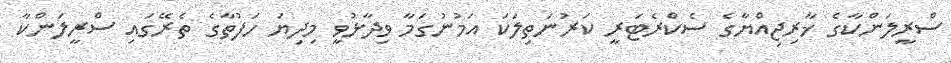
ސްރީލަންކާގެ ޚާރިޖިއްޔާގެ ސެކްރެޓަރީ ކަރުނަތިލަކަ އަމުނުގަމާ ވިދާޅުވީ މިދިޔަ ހަފުތާގެ ތެރޭގައި ސްރީލަންކާ